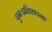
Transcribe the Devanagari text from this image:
पुनःप्रतिष्ठापना